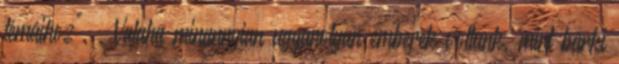
témáihoz". . Valaha minannyian ugyanolyan emberek voltunk, mint bárki